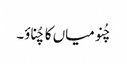
چُنو میاں کا چُناؤ۔